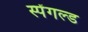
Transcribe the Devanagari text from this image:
स्पेंगल्ड